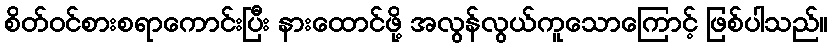
စိတ်ဝင်စားစရာကောင်းပြီး နားထောင်ဖို့ အလွန်လွယ်ကူသောကြောင့် ဖြစ်ပါသည်။